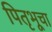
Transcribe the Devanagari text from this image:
पितृभूचा